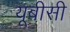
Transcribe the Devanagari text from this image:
यूबीसी